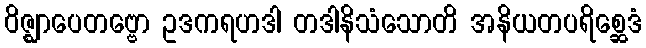
ဝိဇ္ဈာပေတဗ္ဗော ဥဒကရဟဒါ တဒါနိသံသောတိ အနိယတပရိစ္ဆေဒံ